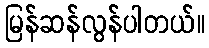
မြန်ဆန်လွန်ပါတယ်။